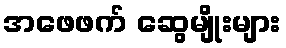
အဖေဖက် ဆွေမျိုးများ